Scottish Leaving Certificate Examination, 1956
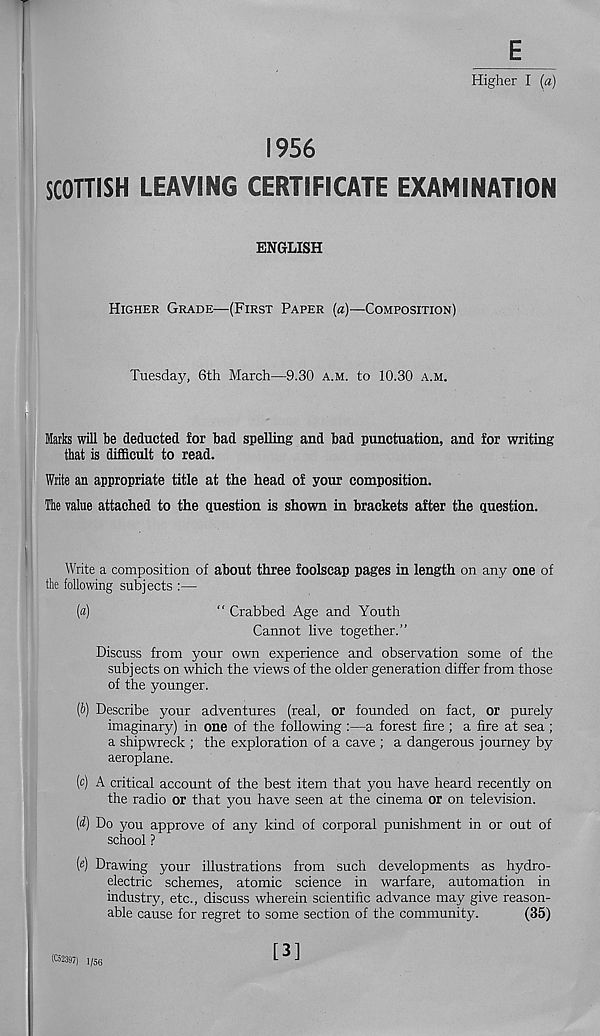
E
Higher I {a)
1956
SCOTTISH LEAVING CERTIFICATE EXAMINATION
ENGLISH
HIGHER GRADE—(FIRST PAPER (a)—COMPOSITION)
Tuesday, 6th March—9.30 A.M. to 10.30 A.M.
Marks will be deducted for bad spelling and bad punctuation, and for writing
that is difficult to read.
Write an appropriate title at the head of your composition.
The value attached to the question is shown in brackets after the question.
Write a composition of about three foolscap pages in length on any one of
the following subjects :—
[а)
“ Crabbed Age and Youth
Cannot live together.”
Discuss from your own experience and observation some of the
subjects on which the views of the older generation differ from those
of the younger.
(б) Describe your adventures (real, or founded on fact, or purely
imaginary) in one of the following :—a forest fire; a fire at sea;
a shipwreck ; the exploration of a cave ; a dangerous journey by
aeroplane.
(c) A critical account of the best item that you have heard recently on
the radio or that you have seen at the cinema or on television.
(d) Do you approve of any kind of corporal punishment in or out of
school ?
(«) Drawing your illustrations from such developments as hydro-
electric schemes, atomic science in warfare, automation in
industry, etc., discuss wherein scientific advance may give reason-
able cause for regret to some section of the community.
(35)
(C52397) l/56
[3]